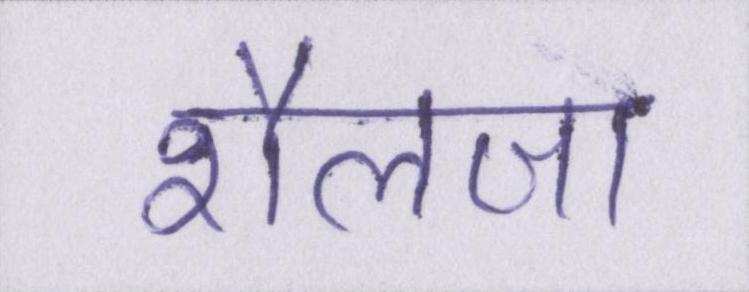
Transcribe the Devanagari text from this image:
शैलजा